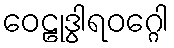
ဝေဠုဒွါရဝဂ္ဂေါ